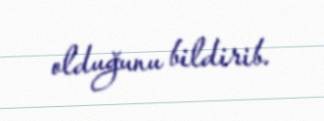
olduğunu bildirib.